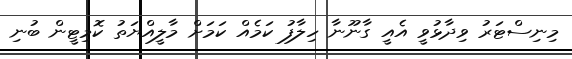
މިނިސްޓަރު ވިދާޅުވީ އެއީ ގާނޫނާ ހިލާފު ކަމެއް ކަމަށް މާލީއްޔަތު ކޮމިޓީން ބުނި